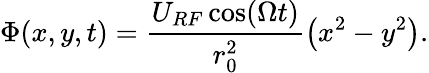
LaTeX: \Phi(x,y,t)=\frac{U_{RF}\cos(\Omega t)}{r_{0}^{2}}\left(x^{2}-y^{2}\right).